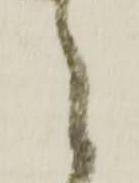
之